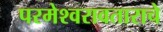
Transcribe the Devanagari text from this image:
परमेश्वरावताराचे